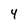
Character: 4